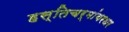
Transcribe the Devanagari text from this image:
हस्तिचर्मांबरधर